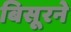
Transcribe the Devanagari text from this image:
बिसूरने